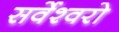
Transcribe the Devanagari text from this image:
सर्वेश्वरो